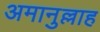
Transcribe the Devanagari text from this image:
अमानुल्लाह